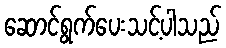
ဆောင်ရွက်ပေးသင့်ပါသည်